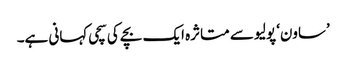
’ساون‘ پولیو سے متاثرہ ایک بچے کی سچی کہانی ہے۔